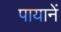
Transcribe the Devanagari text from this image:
पायानें